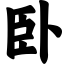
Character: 卧